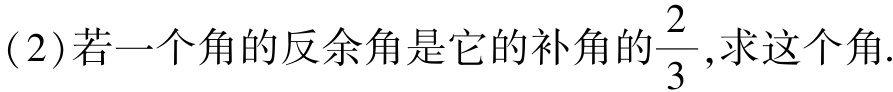
(2)若一个角的反余角是它的补角的$\frac{2}{3}$,求这个角.